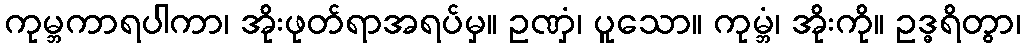
ကုမ္ဘကာရပါကာ၊ အိုးဖုတ်ရာအရပ်မှ။ ဥဏှံ၊ ပူသော။ ကုမ္ဘံ၊ အိုးကို။ ဥဒ္ဓရိတွာ၊